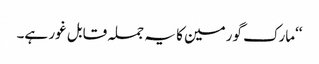
‘‘مارک گورمین کا یہ جملہ قابل غور ہے۔